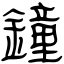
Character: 鐘